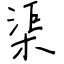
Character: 渠